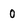
Character: 0